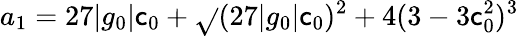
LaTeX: a_{1}=27|g_{0}|\mathsf{c}_{0}+\sqrt{}{{(27|g_{0}|\mathsf{c}_{0})^{2}+4(3-3\mathsf{c}_{0}^{2})^{3}}}